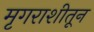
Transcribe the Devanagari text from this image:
मृगराशीतून